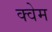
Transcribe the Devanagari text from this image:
क्वेम